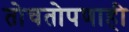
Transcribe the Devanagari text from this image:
तोचतोपणाही